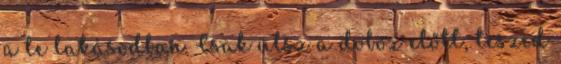
a te lakásodban. Csak ülsz a doboz előtt, teszed